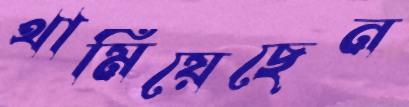
থামিয়েছেন